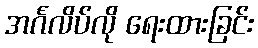
အင်္ဂလိပ်လို ရေးထားခြင်း